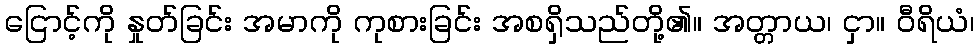
ငြောင့်ကို နှုတ်ခြင်း အမာကို ကုစားခြင်း အစရှိသည်တို့၏။ အတ္တာယ၊ ငှာ။ ဝီရိယံ၊